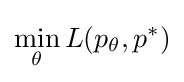
\min _{\theta }L(p_{\theta },p^{*})